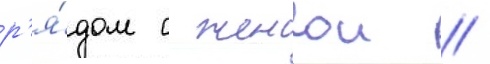
р'я́дом с женои //